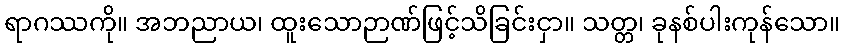
ရာဂဿကို။ အဘညာယ၊ ထူးသောဉာဏ်ဖြင့်သိခြင်းငှာ။ သတ္တ၊ ခုနစ်ပါးကုန်သော။